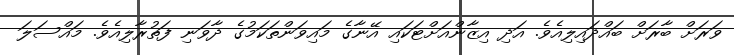
ވަރަށް ބާރަށް ބައްދައިލިއެވެ. އަދި އިޒާންއަށްޓަކައި އޭނާގެ މައިވަންތަކަމުގެ ދާވަނި ފަތުރާލިއެވެ. މައްސަލަ